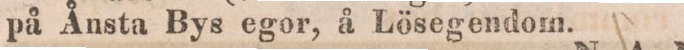
på Ånsta Bys egor, å Lösegendom.